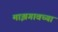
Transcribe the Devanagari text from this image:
माझगावच्या